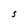
Character: S